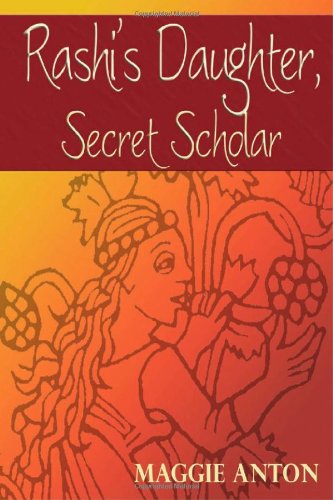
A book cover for Rashi's Daughter, Secret Scholar; Maggie Anton; Teen & Young Adult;